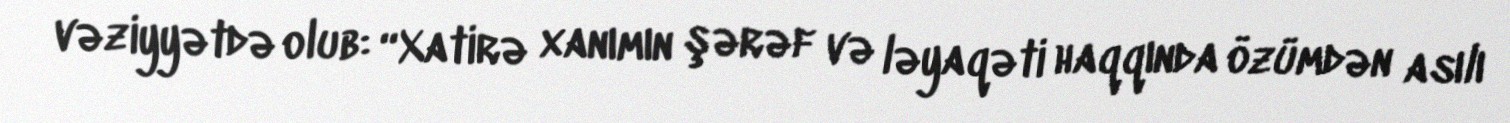
vəziyyətdə olub: “Xatirə xanımın şərəf və ləyaqəti haqqında özümdən asılı